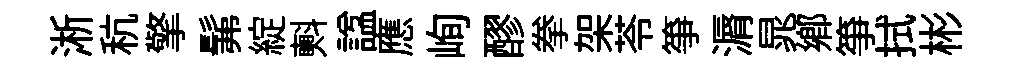
淅秔擎髴綻㪺諡應峋醪拳架苓筝漘晁鄉筝拭彬